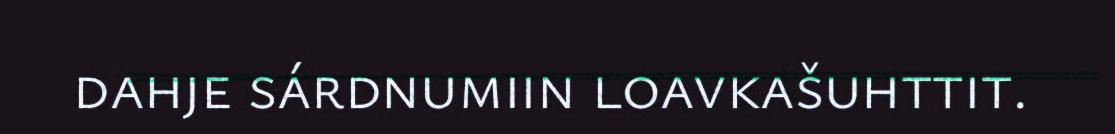
dahje sárdnumiin loavkašuhttit.